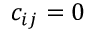
c _ { i j } = 0